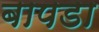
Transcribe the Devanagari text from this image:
बापडा